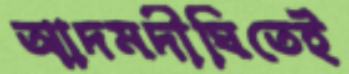
আদমদীঘিতেই